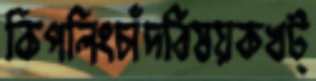
কিপলিংচাঁদবিষয়কখট্